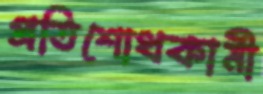
প্রতিশোধকামী